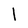
Character: l